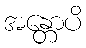
အန္တောပိ